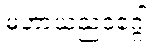
မဟာယညဝဂ္ဂေါ